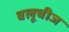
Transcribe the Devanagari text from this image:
बलूचीज